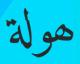
ھولة